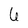
Character: 6